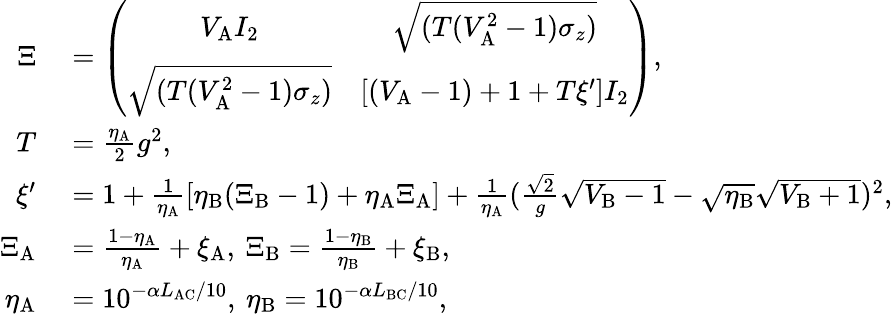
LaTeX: \begin{array}{rl}{\Xi}&{{}=\left(\begin{array}{cc}{{V_{\mathrm{A}}I_{2}}}&{{\sqrt{(T(V_{\mathrm{A}}^{2}-1)\sigma_{z})}}}\\ {{\sqrt{(T(V_{\mathrm{A}}^{2}-1)\sigma_{z})}}}&{{[(V_{\mathrm{A}}-1)+1+T\xi^{\prime}]I_{2}}}\end{array}\right),}\\ {T}&{{}=\frac{\eta_{\mathrm{A}}}{2}g^{2},}\\ {\xi^{\prime}}&{{}=1+\frac{1}{\eta_{\mathrm{A}}}[\eta_{\mathrm{B}}(\Xi_{\mathrm{B}}-1)+\eta_{\mathrm{A}}\Xi_{\mathrm{A}}]+\frac{1}{\eta_{\mathrm{A}}}(\frac{\sqrt{2}}{g}\sqrt{V_{\mathrm{B}}-1}-\sqrt{\eta_{\mathrm{B}}}\sqrt{V_{\mathrm{B}}+1})^{2},}\\ {\Xi_{\mathrm{A}}}&{{}=\frac{1-\eta_{\mathrm{A}}}{\eta_{\mathrm{A}}}+\xi_{\mathrm{A}},\: \Xi_{\mathrm{B}}=\frac{1-\eta_{\mathrm{B}}}{\eta_{\mathrm{B}}}+\xi_{\mathrm{B}},}\\ {\eta_{\mathrm{A}}}&{{}=10^{-\alpha L_{\mathrm{AC}}/10},\: \eta_{\mathrm{B}}=10^{-\alpha L_{\mathrm{BC}}/10},}\end{array}